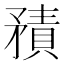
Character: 𥎍